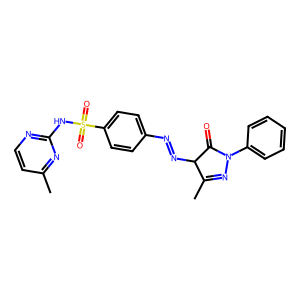
SMILES: CC1=NN(c2ccccc2)C(=O)C1N=Nc1ccc(S(=O)(=O)Nc2nccc(C)n2)cc1
Inhibits HIV replication: No